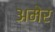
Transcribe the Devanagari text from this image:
अमेर